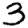
Digit: 3